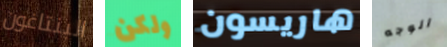
البنتاغون ولكن هاريسون الوجه